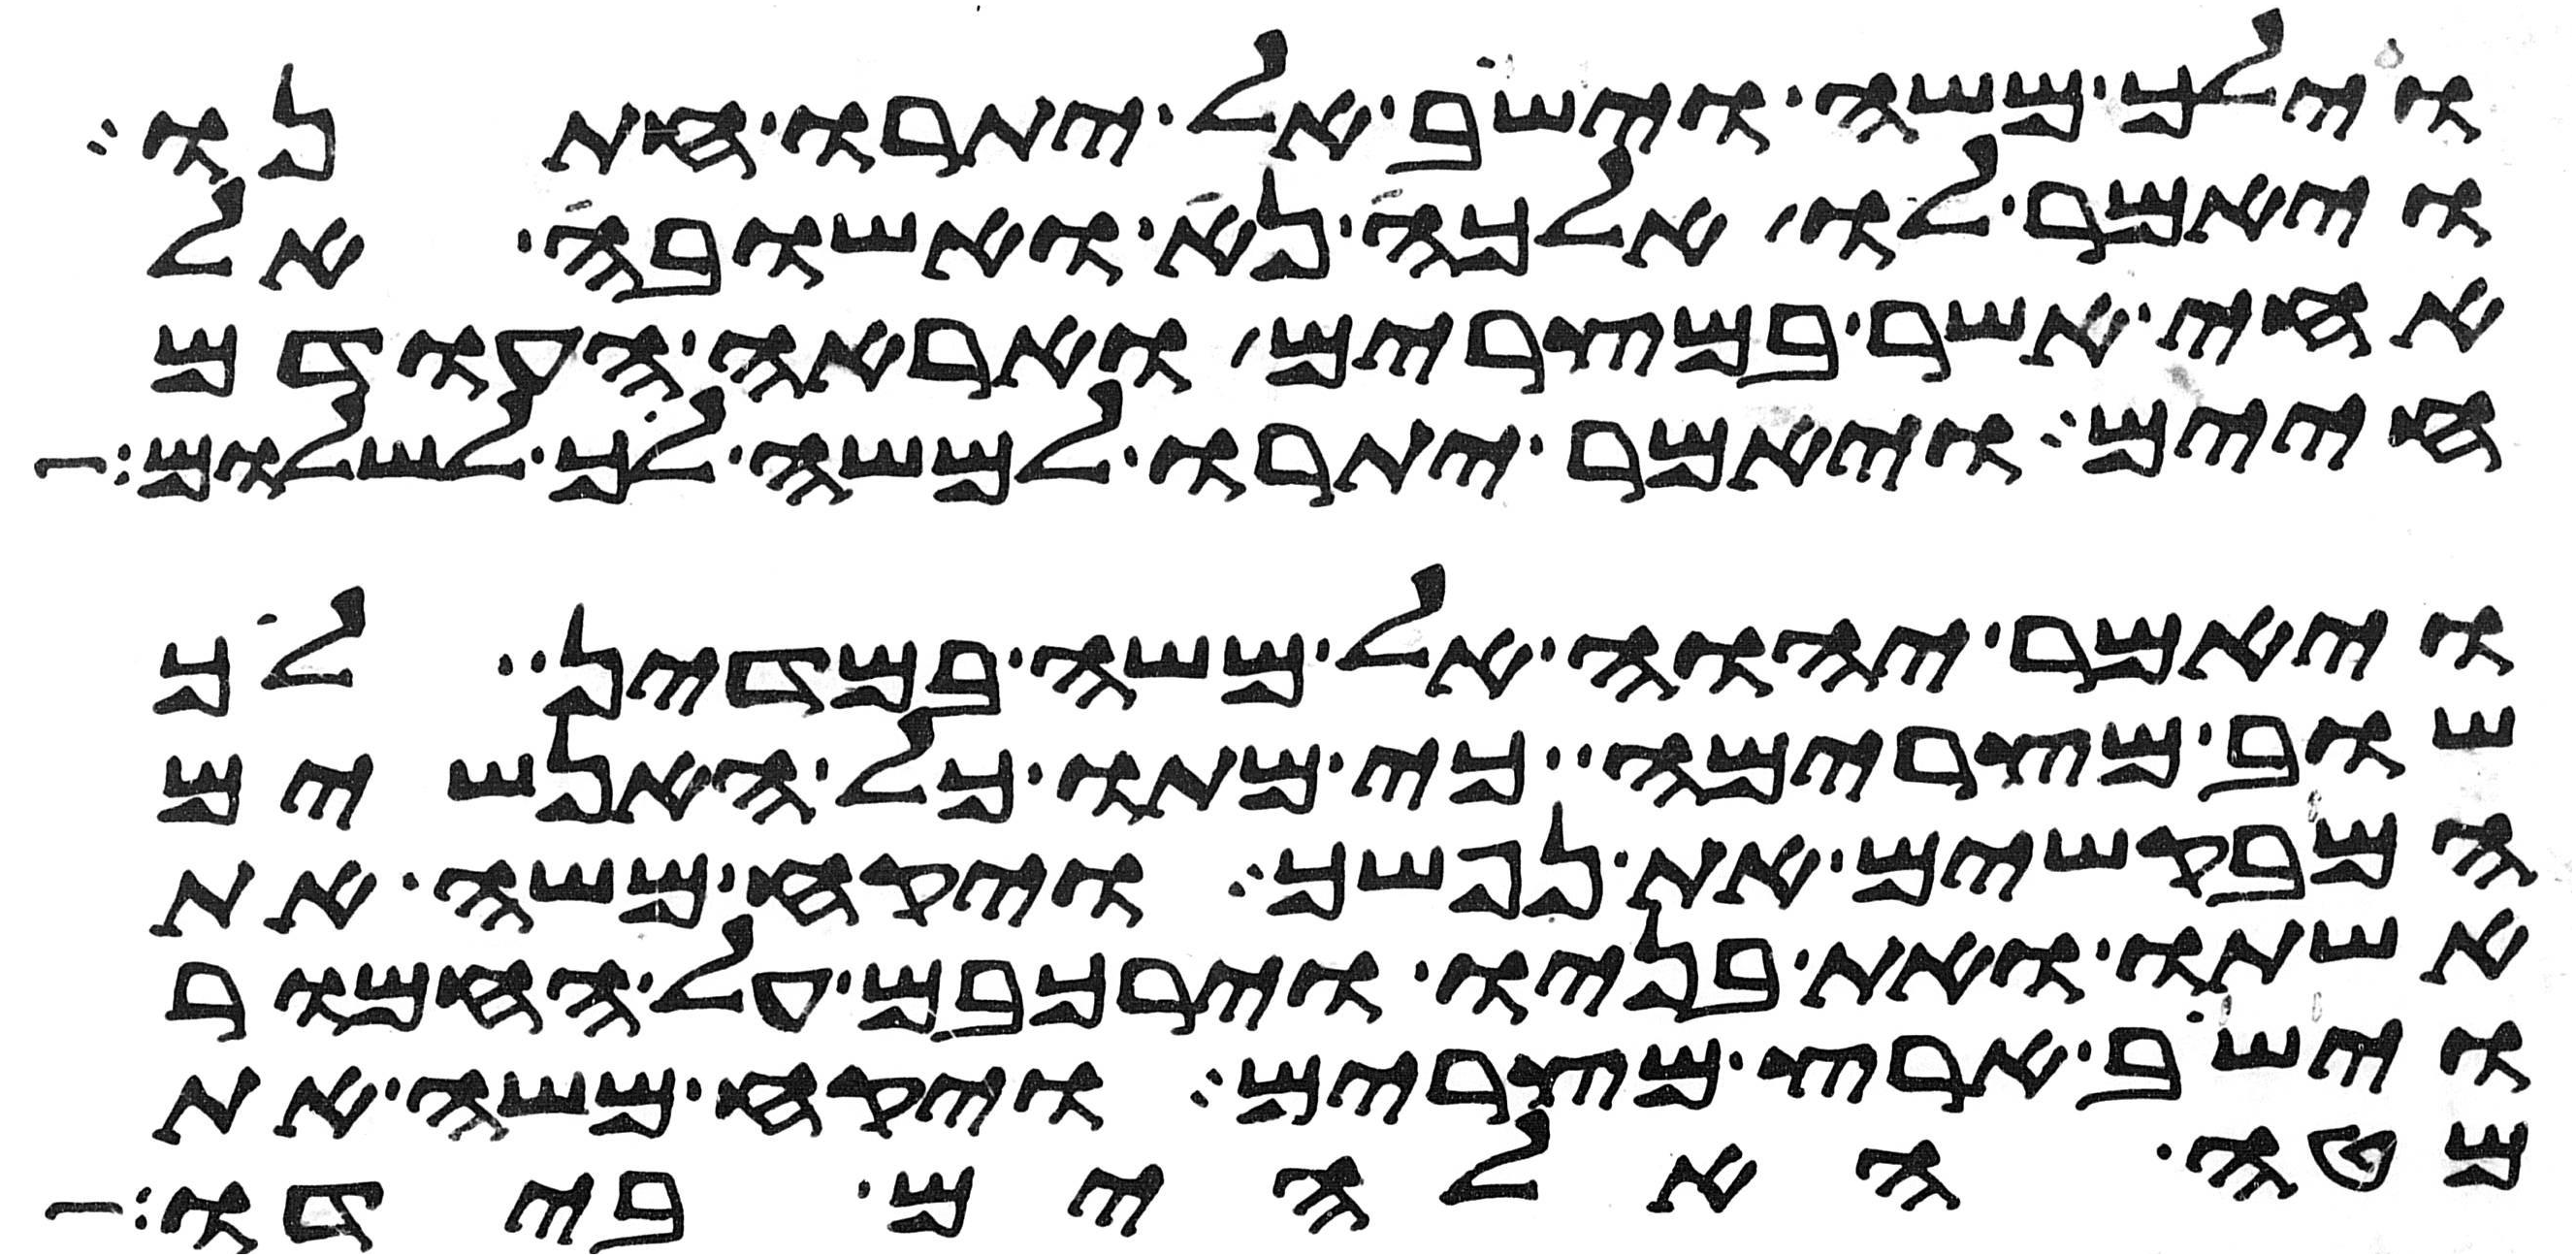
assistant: וילך משה וישב אל יתרו חתנו
ויאמר לו אלכה נא ואשובה אל
אחי אשר במצרים ואראה העודם
חיים ויאמר יתרו למשה לך לשלום
ויאמר יהוה אל משה במדין לך
שוב מצרימה כי מתו כל האנשים
המבקשים את נפשך ויקח משה את
אשתו ואת בניו וירכבם על החמור
וישב ארץ מצרים ויקח משה את
מטה האלהים בידו